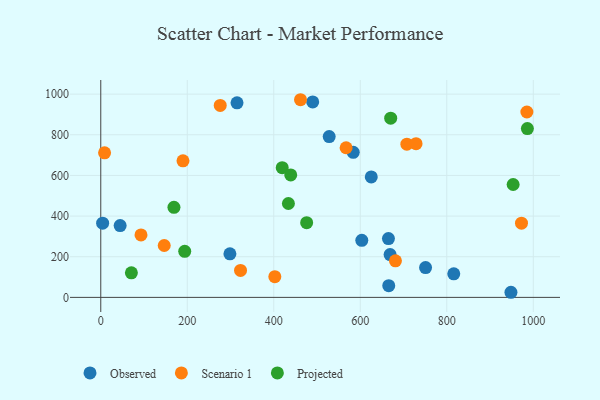
{"axis": {"x": "Ad Spend", "y": "Fuel Efficiency"}, "legend": ["Observed", "Projected", "Scenario 1"], "data": [{"x": "625.4", "y": 592.8, "type": "Observed"}, {"x": "44.8", "y": 353.4, "type": "Observed"}, {"x": "668.9", "y": 210.5, "type": "Observed"}, {"x": "948.3", "y": 25.1, "type": "Observed"}, {"x": "528.1", "y": 791.1, "type": "Observed"}, {"x": "4.3", "y": 365.0, "type": "Observed"}, {"x": "603.5", "y": 280.9, "type": "Observed"}, {"x": "750.9", "y": 146.7, "type": "Observed"}, {"x": "816.1", "y": 116.0, "type": "Observed"}, {"x": "583.7", "y": 713.8, "type": "Observed"}, {"x": "665.1", "y": 289.4, "type": "Observed"}, {"x": "490.0", "y": 961.7, "type": "Observed"}, {"x": "298.6", "y": 214.5, "type": "Observed"}, {"x": "665.8", "y": 57.5, "type": "Observed"}, {"x": "315.0", "y": 957.3, "type": "Observed"}, {"x": "402.4", "y": 101.9, "type": "Scenario 1"}, {"x": "8.8", "y": 711.3, "type": "Scenario 1"}, {"x": "93.0", "y": 307.4, "type": "Scenario 1"}, {"x": "985.1", "y": 912.2, "type": "Scenario 1"}, {"x": "461.8", "y": 972.5, "type": "Scenario 1"}, {"x": "707.7", "y": 753.6, "type": "Scenario 1"}, {"x": "276.2", "y": 944.3, "type": "Scenario 1"}, {"x": "567.2", "y": 736.1, "type": "Scenario 1"}, {"x": "323.1", "y": 132.8, "type": "Scenario 1"}, {"x": "146.7", "y": 255.3, "type": "Scenario 1"}, {"x": "728.9", "y": 756.2, "type": "Scenario 1"}, {"x": "190.1", "y": 671.9, "type": "Scenario 1"}, {"x": "972.7", "y": 365.1, "type": "Scenario 1"}, {"x": "681.3", "y": 179.8, "type": "Scenario 1"}, {"x": "419.5", "y": 638.2, "type": "Projected"}, {"x": "986.3", "y": 830.6, "type": "Projected"}, {"x": "439.2", "y": 602.5, "type": "Projected"}, {"x": "433.8", "y": 462.0, "type": "Projected"}, {"x": "953.4", "y": 555.3, "type": "Projected"}, {"x": "70.8", "y": 120.7, "type": "Projected"}, {"x": "670.3", "y": 881.7, "type": "Projected"}, {"x": "476.0", "y": 367.6, "type": "Projected"}, {"x": "169.2", "y": 443.0, "type": "Projected"}, {"x": "194.1", "y": 226.7, "type": "Projected"}]}